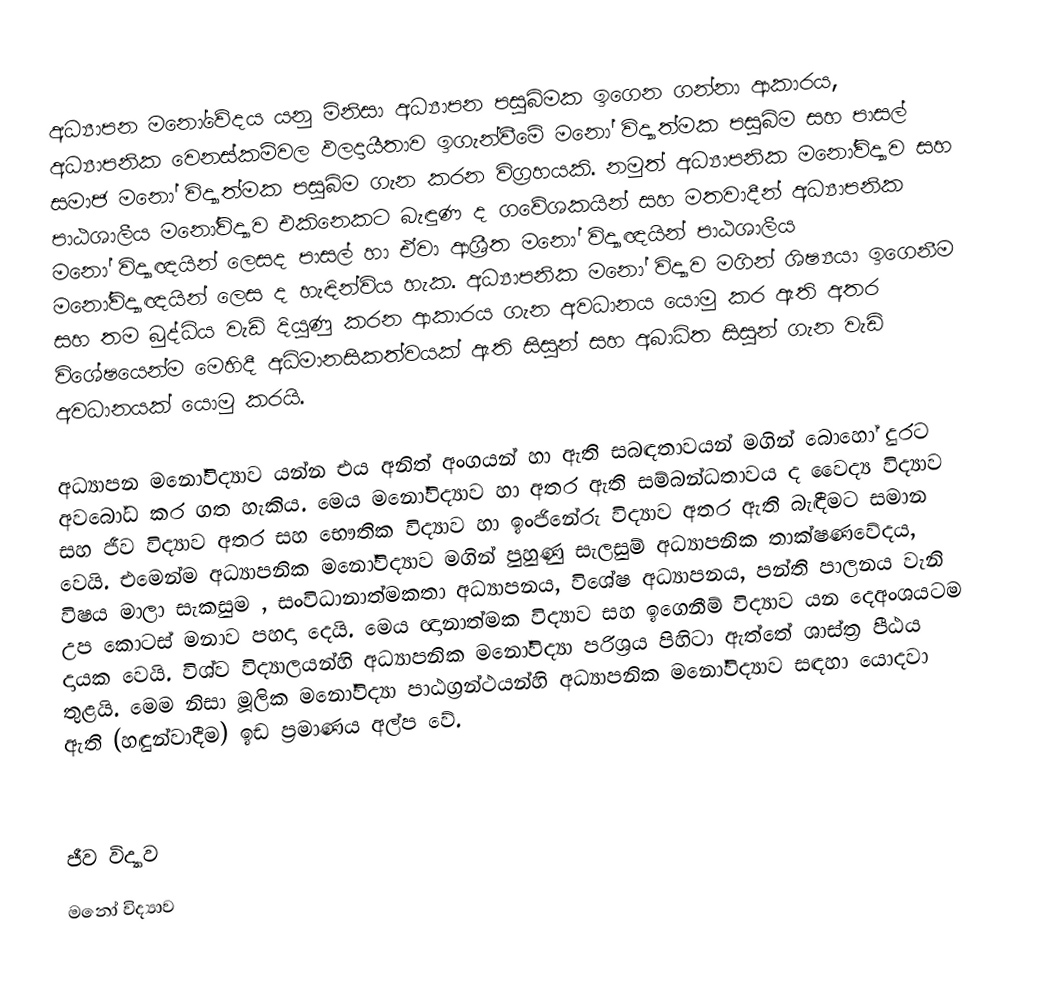
අධ්‍යාපන මනෝවේදය යනු මිනිසා අධ්‍යාපන පසුබිමක ඉගෙන ගන්නා ආකාරය, අධ්‍යාපනික වෙනස්කම්වල ඵලදායීතාව ඉගැන්වීමේ මනෝ විද්‍යාත්මක පසුබිම සහ පාසල් සමාජ මනෝ විද්‍යාත්මක පසුබිම ගැන කරන විග්‍රහයකි. නමුත් අධ්‍යාපනික මනෝවිද්‍යාව සහ පාඨශාලීය මනෝවිද්‍යාව එකිනෙකට බැඳුණ ද ගවේශකයින් සහ මතවාදීන් අධ්‍යාපනික මනෝ විද්‍යාඥයින් ලෙසද පාසල් හා ඒවා ආශ්‍රීත මනෝ විද්‍යාඥයින් පාඨශාලීය මනෝවිද්‍යාඥයින් ලෙස ද හැඳින්විය හැක. අධ්‍යාපනික මනෝ විද්‍යාව මගින් ශිෂ්‍යයා ඉගෙනීම සහ තම බුද්ධිය වැඩි දියුණු කරන ආකාරය ගැන අවධානය යොමු කර ඇති අතර විශේෂයෙන්ම මෙහිදී අධිමානසිකත්වයක් ඇති සිසුන් සහ අබාධිත සිසුන් ගැන වැඩි අවධානයක් යොමු කරයි.

අධ්‍යාපන මනෝවිද්‍යාව යන්න එය අනිත් අංගයන් හා ඇති සබඳතාවයන් මගින් බොහෝ දුරට අවබෝධ කර ගත හැකිය. මෙය මනෝවිද්‍යාව හා අතර ඇති සම්බන්ධතාවය ද වෛද්‍ය විද්‍යාව සහ ජීව විද්‍යාව අතර සහ භෞතික විද්‍යාව හා ඉංජිනේරු විද්‍යාව අතර ඇති බැඳීමට සමාන වෙයි. එමෙන්ම අධ්‍යාපනික මනෝවිද්‍යාව මගින් පුහුණු සැලසුම් අධ්‍යාපනික තාක්ෂණවේදය, විෂය මාලා සැකසුම , සංවිධානාත්මකතා අධ්‍යාපනය, විශේෂ අධ්‍යාපනය, පන්ති පාලනය වැනි උප කොටස් මනාව පහදා දෙයි. මෙය ඥානාත්මක විද්‍යාව සහ ඉගෙනීම් විද්‍යාව යන දෙඅංශයටම දායක වෙයි. විශ්ව විද්‍යාලයන්හි අධ්‍යාපනික මනෝවිද්‍යා පරිශ්‍රය පිහිටා ඇත්තේ ශාස්ත්‍ර පීඨය තුළයි. මෙම නිසා මූලික මනෝවිද්‍යා පාඨග්‍රන්ථයන්හි අධ්‍යාපනික මනෝවිද්‍යාව සඳහා යොදවා ඇති (හඳුන්වාදීම) ඉඩ ප්‍රමාණය අල්ප වේ.

ජීව විද්‍යාව
මනෝ විද්‍යාව